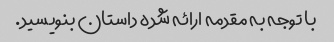
با توجه به مقدمه ارائه شده داستان بنویسید.